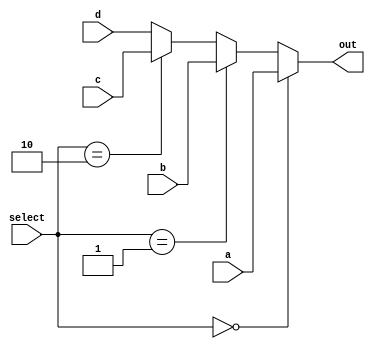
module WB_MUX4_1(
    input wire [31:0] a,
    input wire [31:0] b,
	 input wire [31:0] c,
	 input wire [31:0] d,
    input wire [1:0] select,
    output wire [31:0] out
);
     assign out = (select == 2'b00) ? a :
                 (select == 2'b01) ? b :
                 (select == 2'b10) ? c :
                 d;
endmodule